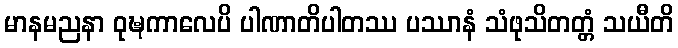
မာနမညနာ ဝုဍ္ဎကာလေပိ ပါဏာတိပါတဿ ပဿာနံ သံဖုသိတတ္တံ သယီတိ